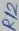
Text: R12